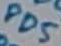
Text: PD5